Annual report on the lock hospitals of the Madras Presidency
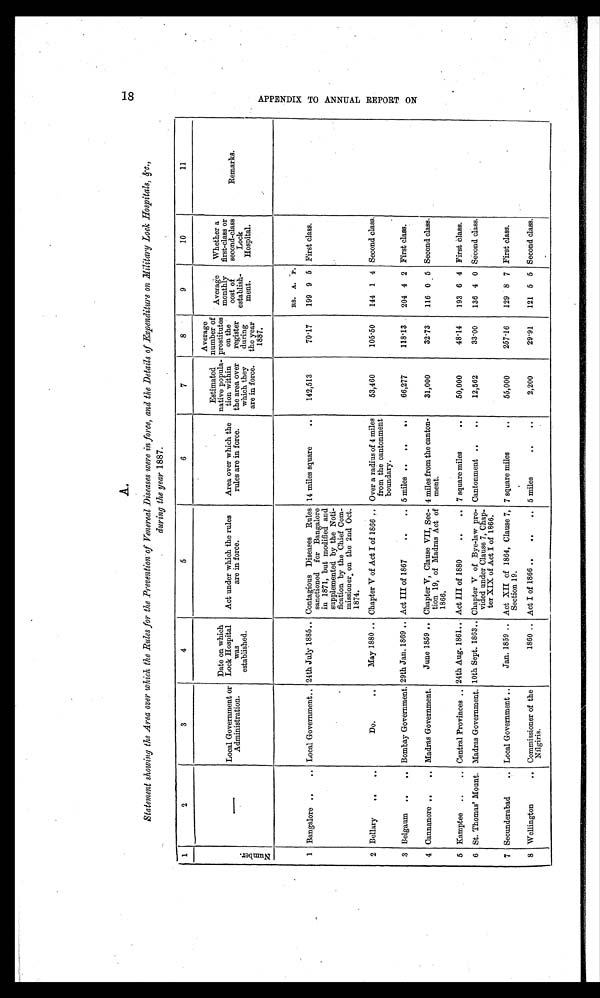
A.
18 A P P E N D I X T O A N N U A L R E P O R T O N
Statement showing the Area over which the Rules for the Prevention of Venereal Diseases were in force, and the Details of Expenditure on Military Loch Hospitals, &c.,
during the year 1887.
1
2
3
4
5
6
7
8
9
10
11
N u m b e r .
—
Local Government or
Administration.
Date on which
Lock Hospital
was
established.
Act under which the rules
are in force.
Area over which the
rules are in force.
Estimated
native popula-
tion within
the area over
which they
are in force.
Average
number of
prostitutes
on the
register
during
the year
1887.
Average
monthly
cost of
establish-
ment.
Whether a
first-class or
second-class
Lock
Hospital.
Remarks.
1 Bangalore
. .
..
Local Government .. 24th July 1885 .. Contagious Diseases Rules
sanctioned for Bangalore
in 1871, but modified and
supplemented by the Noti-
fication by the Chief Com-
missioner on the 2nd Oct.
1874.
14 miles square
.. 142,513
70.17
RS. A. P.
First class.
199 9 5
2 Bellary
. .
..
Do.
..
May 1880 .. Chapter V of Act I of 1866 .. Over a radius of 4 miles
from the cantonment
boundary.
53,460
105.50 144 1 4 Second class.
3 Belgaum
. .
..
Bombay Government. 29th Jan. 1869 .. Act III of 1867 .. .. 5 miles .. .. ..
66,277
118.13 204 4 2 First class.
4 Cannanore
. .
..
Madras Government. June 1859 .. Chapter V, Clause VII, Sec-
tion 19, of Madras Act of
1866.
4 miles from the canton-
ment.
31,000
32.73 116 0 5 Second class.
5 Kamptee
. .
..
Central Provinces .. 24th Aug. 1861 .. Act III of 1880 .. .. 7 square miles
. . 50,000
48.14 193 6 4 First Class.
6 St. Thomas' Mount. Madras Government. 10th Sept. 1863 .. Chapter V of Bye-law pro-
vided under Clause 7, Chap-
ter XIX of Act I of 1866.
Cantonment .. ..
12,562
33.00 136 4 0 Second class.
7 Secunderabad
..
Local Government .. Jan. 1859 .. Act XII of 1864, Clause 7,
Section 19.
7 square miles
..
55,000
257.16 129 8 7 First class.
8 Wellington
..
Commissioner of the
Nilgiris.
1860 .. Act I of 1866 .. .. .. 5 miles
.. ..
2,200
29.91 121 5 5 Second class.